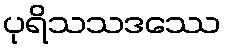
ပုရိသသဒဿေ